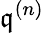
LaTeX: {\mathfrak{q}}^{(n)}